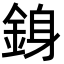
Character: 銵